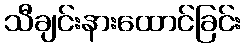
သီချင်းနားထောင်ခြင်း